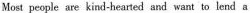
Meost pop!e are kind-hearted and want to lend a